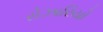
રોઝારિયો